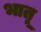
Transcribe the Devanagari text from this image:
भातू